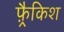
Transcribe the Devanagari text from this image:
फ़्रैकिश